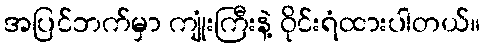
အပြင်ဘက်မှာ ကျုံးကြီးနဲ့ ဝိုင်းရံထားပါတယ်။